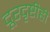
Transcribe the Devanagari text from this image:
दूरदृष्टीही